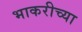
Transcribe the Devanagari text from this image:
भाकरीच्या